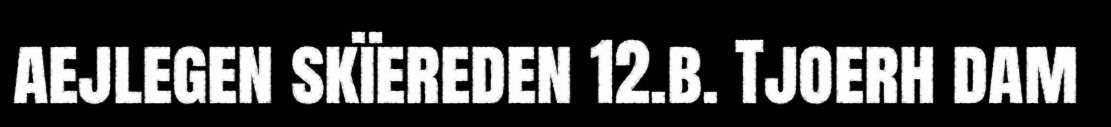
aejlegen skïereden 12.b. Tjoerh dam